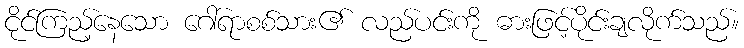
ငိုင်ကြည့်နေသော ဂေါ်ရာစစ်သား၏ လည်ပင်းကို ဓားဖြင့်ပိုင်းချလိုက်သည်။